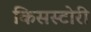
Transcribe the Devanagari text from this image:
किसस्टोरी